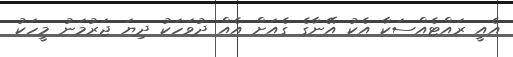
އެއީ ރައްޓެއްސަކާ އެކު އޭނާގެ ގެއަށް އެއް ދުވަހަކު ދިޔަ ޖަރުމަނު މީހަކު